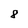
Character: 8